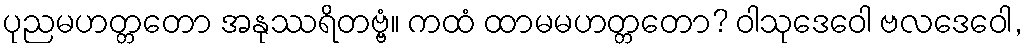
ပုညမဟတ္တတော အနုဿရိတဗ္ဗံ။ ကထံ ထာမမဟတ္တတော? ဝါသုဒေဝေါ ဗလဒေဝေါ,